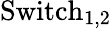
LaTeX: \mathrm{{Switch}_{1,2}}